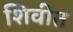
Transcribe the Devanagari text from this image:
शिवीत